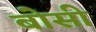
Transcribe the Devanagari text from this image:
बोसी